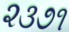
૨૩૭૧